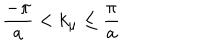
LaTeX: \frac { - \pi } { a } < k _ { \mu } \leq \frac { \pi } { a }